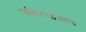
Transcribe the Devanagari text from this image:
पालिरूपांतरण